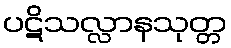
ပဋိသလ္လာနသုတ္တ